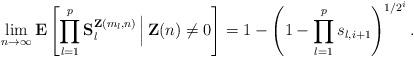
LaTeX: \begin{align*}\lim_{n\rightarrow \infty }\mathbf{E}\left[ \prod_{l=1}^{p}\mathbf{S}_{l}^{\mathbf{Z}(m_{l},n)}\,\Big|\,\mathbf{Z}(n)\neq 0\right] =1-\left(1-\prod_{l=1}^{p}s_{l,i+1}\right) ^{1/2^{i}}. \end{align*}